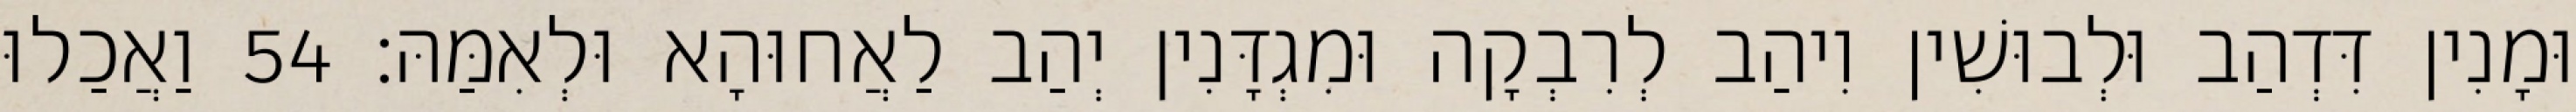
וּמָנִין דִּדְהַב וּלְבוּשִׁין וִיהַב לְרִבְקָה וּמִגְדָּנִין יְהַב לַאֲחוּהָא וּלְאִמַּהּ׃ 54 וַאֲכַלוּ